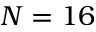
N = 1 6